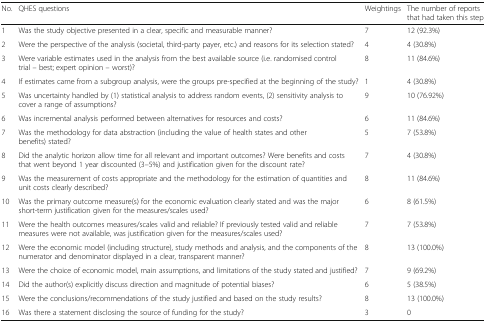
| No. | QHES questions | Weightings | The number of reports that had taken this step |
 | --- | --- | --- | --- |
 | 1 | Was the study objective presented in a clear, specific and measurable manner? | 7 | 12 (92.3%) |
 | 2 | Were the perspective of the analysis (societal, third-party payer, etc.) and reasons for its selection stated? | 4 | 4 (30.8%) |
 | 3 | Were variable estimates used in the analysis from the best available source (i.e. randomised control trial – best; expert opinion – worst)? | 8 | 11 (84.6%) |
 | 4 | If estimates came from a subgroup analysis, were the groups pre-specified at the beginning of the study? | 1 | 4 (30.8%) |
 | 5 | Was uncertainty handled by (1) statistical analysis to address random events, (2) sensitivity analysis to cover a range of assumptions? | 9 | 10 (76.92%) |
 | 6 | Was incremental analysis performed between alternatives for resources and costs? | 6 | 11 (84.6%) |
 | 7 | Was the methodology for data abstraction (including the value of health states and other benefits) stated? | 5 | 7 (53.8%) |
 | 8 | Did the analytic horizon allow time for all relevant and important outcomes? Were benefits and costs that went beyond 1 year discounted (3–5%) and justification given for the discount rate? | 7 | 4 (30.8%) |
 | 9 | Was the measurement of costs appropriate and the methodology for the estimation of quantities and unit costs clearly described? | 8 | 11 (84.6%) |
 | 10 | Was the primary outcome measure(s) for the economic evaluation clearly stated and was the major short-term justification given for the measures/scales used? | 6 | 8 (61.5%) |
 | 11 | Were the health outcomes measures/scales valid and reliable? If previously tested valid and reliable measures were not available, was justification given for the measures/scales used? | 7 | 7 (53.8%) |
 | 12 | Were the economic model (including structure), study methods and analysis, and the components of the numerator and denominator displayed in a clear, transparent manner? | 8 | 13 (100.0%) |
 | 13 | Were the choice of economic model, main assumptions, and limitations of the study stated and justified? | 7 | 9 (69.2%) |
 | 14 | Did the author(s) explicitly discuss direction and magnitude of potential biases? | 6 | 5 (38.5%) |
 | 15 | Were the conclusions/recommendations of the study justified and based on the study results? | 8 | 13 (100.0%) |
 | 16 | Was there a statement disclosing the source of funding for the study? | 3 | 0 |